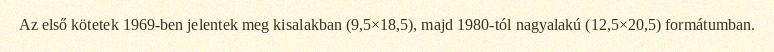
Az első kötetek 1969-ben jelentek meg kisalakban (9,5×18,5), majd 1980-tól nagyalakú (12,5×20,5) formátumban.